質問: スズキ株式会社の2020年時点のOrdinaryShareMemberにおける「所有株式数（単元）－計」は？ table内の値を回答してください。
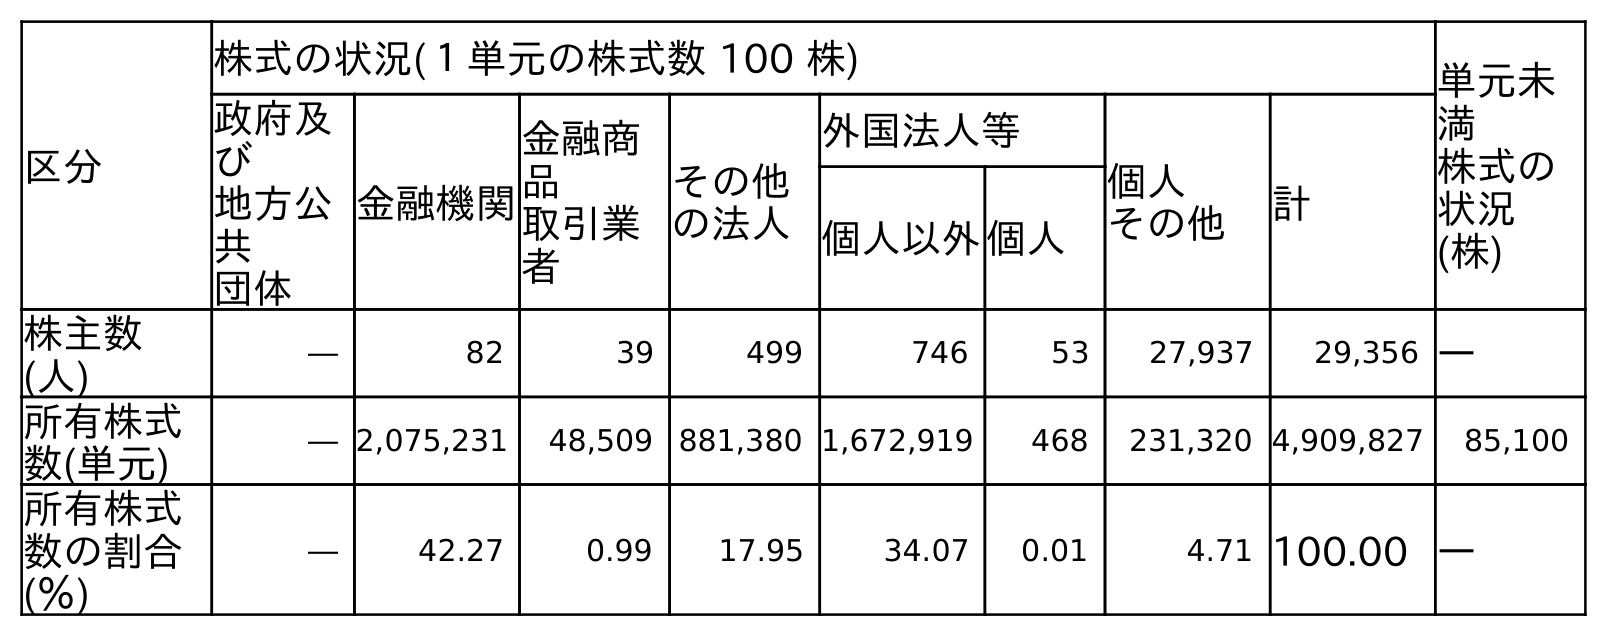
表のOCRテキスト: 区分 株式の状況(１単元の株式数 100 株) 単元未 満 株式の 状況 (株) 政府及 び 地方公 共 団体 金融機関 金融商 品 取引業 者 その他 の法人 外国法人等 個人 その他 計 個人以外個人 株主数 (人) ― 82 39 499 746 53 27,937 29,356 ― 所有株式 数(単元) ― 2,075,231 48,509 881,380 1,672,919 468 231,320 4,909,827 85,100 所有株式 数の割合 (％) ― 42.27 0.99 17.95 34.07 0.01 4.71 100.00 ―
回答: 4,909,827